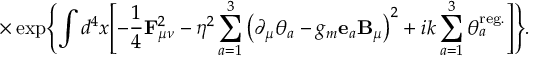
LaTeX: \times \exp \Biggl \{ \int d ^ { 4 } x \Biggl [ - \frac 1 4 { \bf F } _ { \mu \nu } ^ { 2 } - \eta ^ { 2 } \sum _ { a = 1 } ^ { 3 } \left( \partial _ { \mu } \theta _ { a } - g _ { m } { \bf e } _ { a } { \bf B } _ { \mu } \right) ^ { 2 } + i k \sum _ { a = 1 } ^ { 3 } \theta _ { a } ^ { \mathrm { r e g . } } \Biggr ] \Biggr \} .